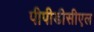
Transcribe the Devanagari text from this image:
पीपीडीसीएल